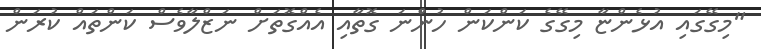
"މިގޭގައި އުޅެންޏާ މިގޭގެ ކަންކަން ހުންނަ ގޮތާއި އެއްގޮތަށް ނަޒްލާވެސް ކަންތައް ކުރަން